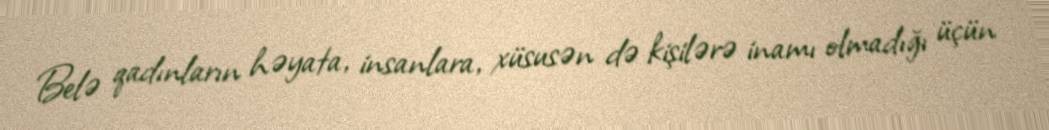
Belə qadınların həyata, insanlara, xüsusən də kişilərə inamı olmadığı üçün